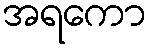
အရကော